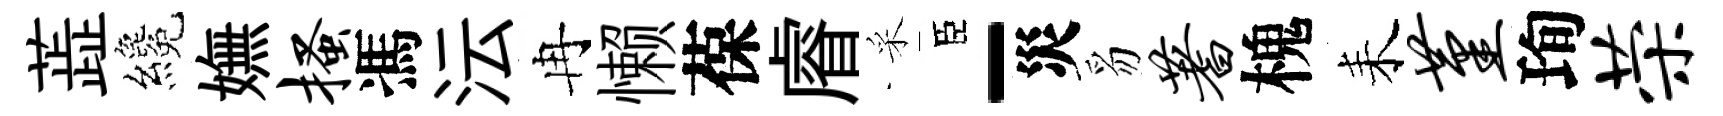
蕋纔嫵搔馮沄冉懒葆𥈠采臣-災豸蓍槐耒堇珣荣